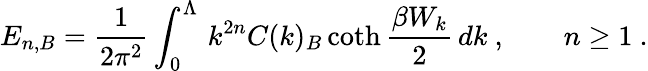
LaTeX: E_{n,B}=\frac 1{2\pi^{2}}\int_{0}^{\Lambda}\, k^{2n}C(k)_{B}\coth\frac{\beta W_{k}}2\, dk\ ,\qquad n\ge 1\ .